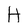
Character: H